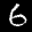
Label: 6